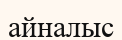
айналыс